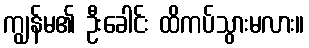
ကျွန်မ၏ ဦးခေါင်း ထိကပ်သွားမလား။